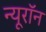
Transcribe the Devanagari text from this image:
न्‍यूरॉन